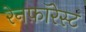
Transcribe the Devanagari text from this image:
रेनफ़ॉरेस्ट